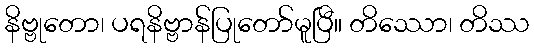
နိဗ္ဗုတော၊ ပရနိဗ္ဗာန်ပြုတော်မူပြီ။ တိဿော၊ တိဿ